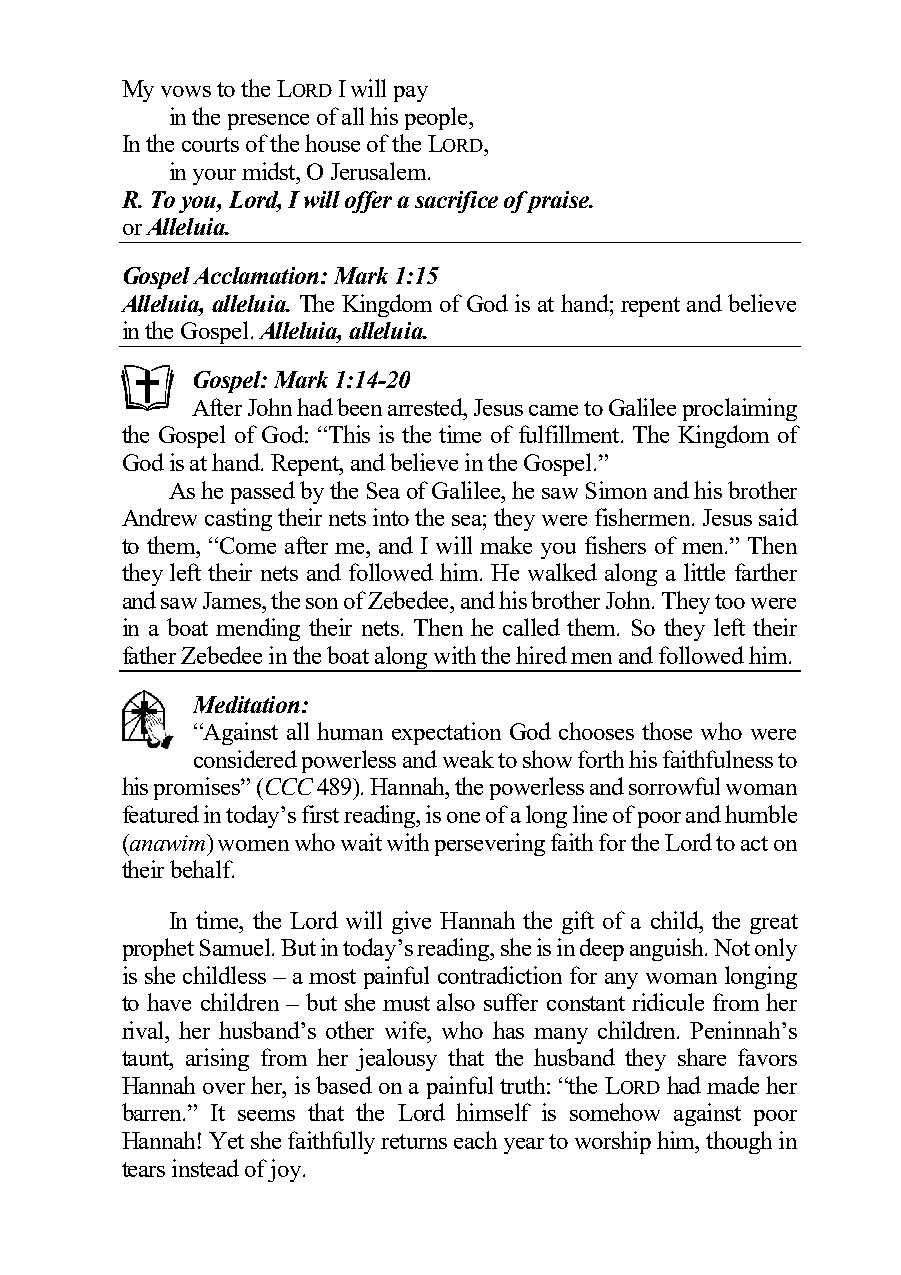
My vows to the LORD I will pay
 in the presence of all his people,
 In the courts of the house of the LORD,
 in your midst, O Jerusalem.
 R. To you, Lord, I will offer a sacrifice of praise.
 or Alleluia.
 Gospel Acclamation: Mark 1:15
 Alleluia, alleluia. The Kingdom of God is at hand; repent and believe
 in the Gospel. Alleluia, alleluia.
 Gospel: Mark 1:14-20
 After John had been arrested, Jesus came to Galilee proclaiming
 the Gospel of God: “This is the time of fulfillment. The Kingdom of
 God is at hand. Repent, and believe in the Gospel.”
 As he passed by the Sea of Galilee, he saw Simon and his brother
 Andrew casting their nets into the sea; they were fishermen. Jesus said
 to them, “Come after me, and I will make you fishers of men.” Then
 they left their nets and followed him. He walked along a little farther
 and saw James, the son of Zebedee, and his brother John. They too were
 in a boat mending their nets. Then he called them. So they left their
 father Zebedee in the boat along with the hired men and followed him.
 Meditation:
 “Against all human expectation God chooses those who were
 considered powerless and weak to show forth his faithfulness to
 his promises” (CCC 489). Hannah, the powerless and sorrowful woman
 featured in today’s first reading, is one of a long line of poor and humble
 (anawim) women who wait with persevering faith for the Lord to act on
 their behalf.
 In time, the Lord will give Hannah the gift of a child, the great
 prophet Samuel. But in today’s reading, she is in deep anguish. Not only
 is she childless – a most painful contradiction for any woman longing
 to have children – but she must also suffer constant ridicule from her
 rival, her husband’s other wife, who has many children. Peninnah’s
 taunt, arising from her jealousy that the husband they share favors
 Hannah over her, is based on a painful truth: “the LORD had made her
 barren.” It seems that the Lord himself is somehow against poor
 Hannah! Yet she faithfully returns each year to worship him, though in
 tears instead of joy.